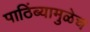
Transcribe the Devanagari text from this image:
पाठिंब्यामुळेच